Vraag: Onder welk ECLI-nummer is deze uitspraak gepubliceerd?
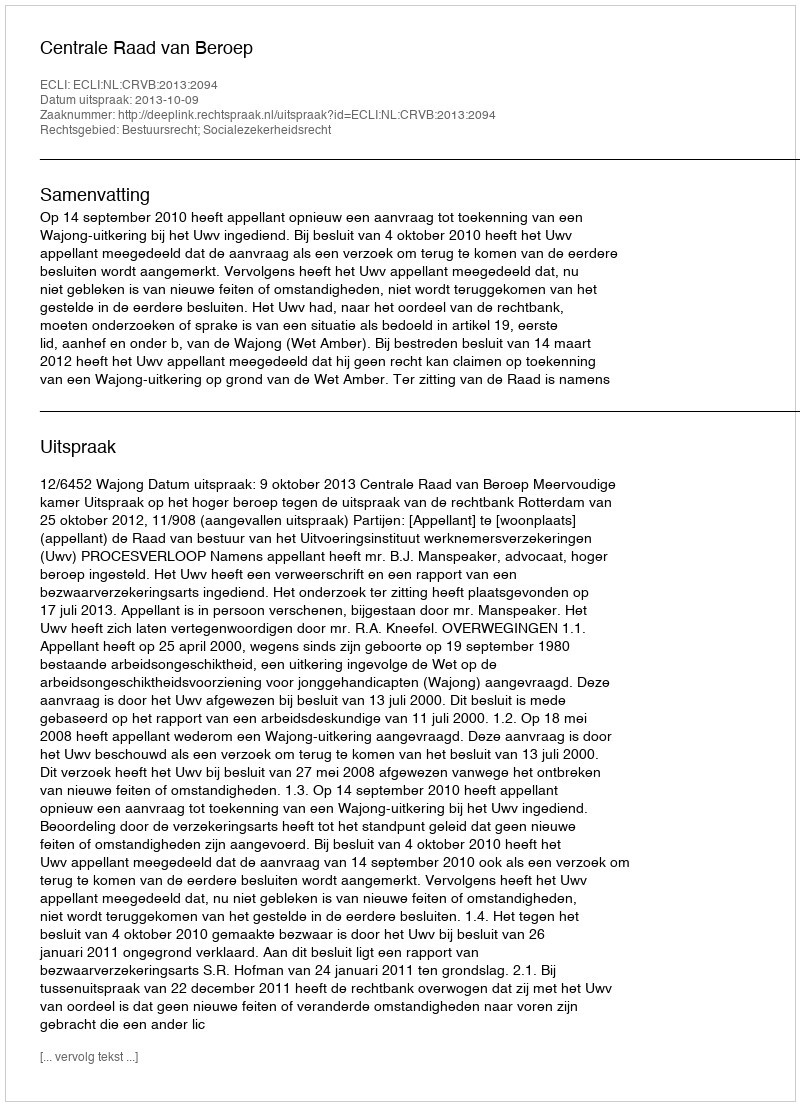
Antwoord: ECLI:NL:CRVB:2013:2094